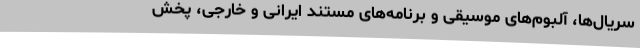
سریال‌ها، آلبوم‌های موسیقی و برنامه‌های مستند ایرانی و خارجی، پخش